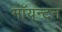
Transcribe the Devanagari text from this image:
मॉयन्टन